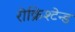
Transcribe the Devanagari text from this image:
रीक्रिश्टेन्ड